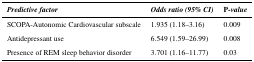
| Predictive factor | Odds ratio (95% CI) | P-value |
 | --- | --- | --- |
 | SCOPA-Autonomic Cardiovascular subscale | 1.935 (1.18–3.16) | 0.009 |
 | Antidepressant use | 6.549 (1.59–26.99) | 0.008 |
 | Presence of REM sleep behavior disorder | 3.701 (1.16–11.77) | 0.03 |